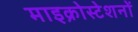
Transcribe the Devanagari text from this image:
माइक्रोस्टेशनों